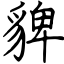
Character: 貏